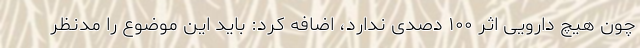
چون هیچ دارویی اثر ۱۰۰ دصدی ندارد، اضافه کرد: باید این موضوع را مدنظر